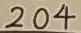
2 0 4